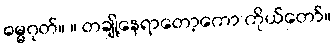
ဓမ္မဂုတ်။ ။ တချို့နေရာတော့ကော ကိုယ်တော်။